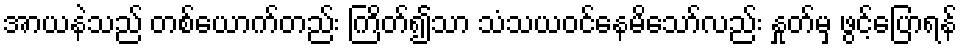
အာယနဲသည် တစ်ယောက်တည်း ကြိတ်၍သာ သံသယဝင်နေမိသော်လည်း နှုတ်မှ ဖွင့်ပြောရန်